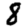
Digit: 8